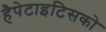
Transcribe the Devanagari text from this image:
हैपेटाइटिसको